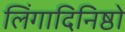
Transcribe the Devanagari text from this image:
लिंगादिनिष्ठो